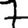
Digit: 7